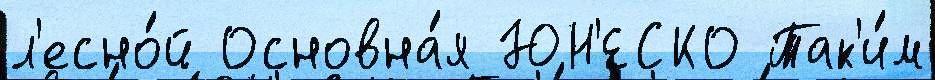
л'есно́й Основна́я ЮН'ЕСКО Так'и́м